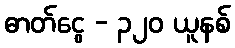
ဓာတ်ငွေ - ၃၂၀ ယူနစ်